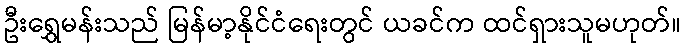
ဦးရွှေမန်းသည် မြန်မာ့နိုင်ငံရေးတွင် ယခင်က ထင်ရှားသူမဟုတ်။